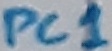
Text: PC1